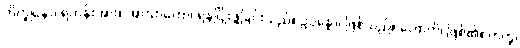
ဘိက္ခုနော၊ ရဟန်းအား။ အာဃာတော၊ ရန်ငြိုးဖွဲ့ခြင်းသည်။ ဥပ္ပန္နော၊ ဖြစ်သည်။ ဟောတိ၊ ဖြစ်၏။ တတ္ထ၊